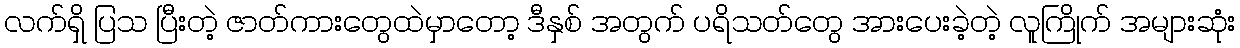
လက်ရှိ ပြသ ပြီးတဲ့ ဇာတ်ကားတွေထဲမှာတော့ ဒီနှစ် အတွက် ပရိသတ်တွေ အားပေးခဲ့တဲ့ လူကြိုက် အများဆုံး